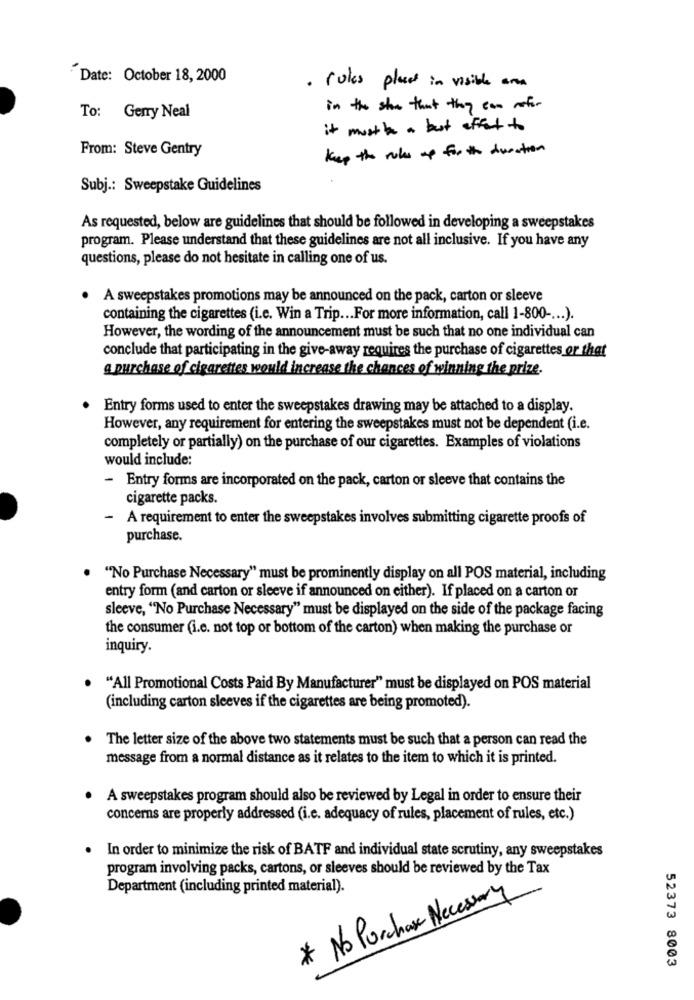
Date: October 18, 2000
. roles plant in visible area
in the show that they can meter
To: Gerry Neal
it must be a but effect to
From: Steve Gentry
keep the rules up for the duration
Subj .: Sweepstake Guidelines
As requested, below are guidelines that should be followed in developing a sweepstakes
program. Please understand that these guidelines are not all inclusive. If you have any
questions, please do not hesitate in calling one of us.
. A sweepstakes promotions may be announced on the pack, carton or sleeve
containing the cigarettes (i.c. Win a Trip ... For more information, call 1-800 -... ).
However, the wording of the announcement must be such that no one individual can
conclude that participating in the give-away requires the purchase of cigarettes or that
a purchase of cigarettes would increase the chances of winning the prize.
Entry forms used to enter the sweepstakes drawing may be attached to a display.
However, any requirement for entering the sweepstakes must not be dependent (i.e.
completely or partially) on the purchase of our cigarettes. Examples of violations
would include:
- Entry forms are incorporated on the pack, carton or sleeve that contains the
cigarette packs.
- A requirement to enter the sweepstakes involves submitting cigarette proofs of
purchase.
"No Purchase Necessary" must be prominently display on all POS material, including
entry form (and carton or sleeve if announced on either). If placed on a carton or
sleeve, "No Purchase Necessary" must be displayed on the side of the package facing
the consumer (i.e. not top or bottom of the carton) when making the purchase or
inquiry.
"All Promotional Costs Paid By Manufacturer" must be displayed on POS material
(including carton sleeves if the cigarettes are being promoted).
The letter size of the above two statements must be such that a person can read the
message from a normal distance as it relates to the item to which it is printed.
. A sweepstakes program should also be reviewed by Legal in order to ensure their
concerns are properly addressed (i.e. adequacy of rules, placement of rules, etc.)
. In order to minimize the risk of BATF and individual state scrutiny, any sweepstakes
program involving packs, cartons, or sleeves should be reviewed by the Tax
Department (including printed material).
* No Purchase Necesary
52373 8003